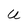
Character: U